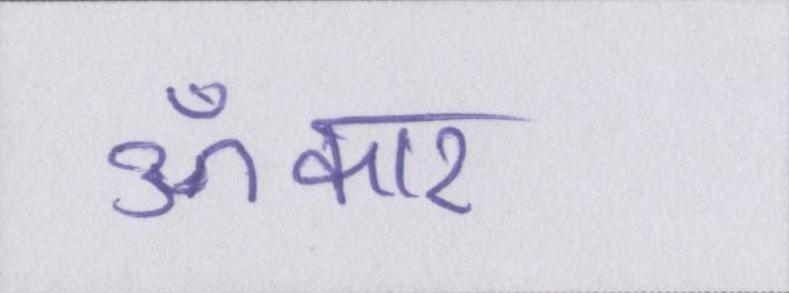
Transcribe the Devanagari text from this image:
ॐकार